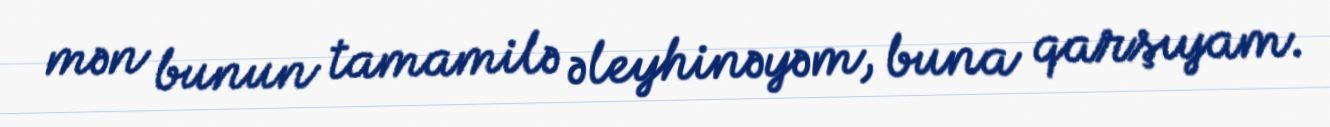
mən bunun tamamilə əleyhinəyəm, buna qarşıyam.